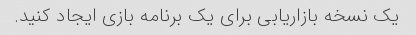
یک نسخه بازاریابی برای یک برنامه بازی ایجاد کنید.